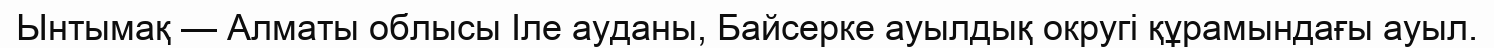
Ынтымақ — Алматы облысы Іле ауданы, Байсерке ауылдық округі құрамындағы ауыл.